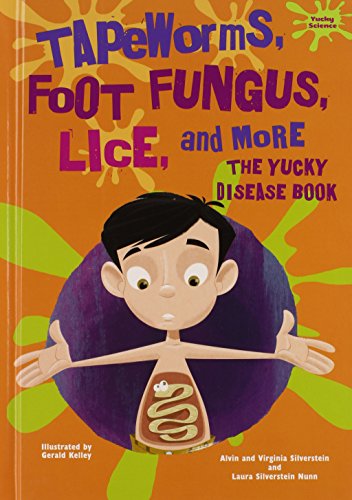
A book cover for Tapeworms, Foot Fungus, Lice, and More: The Yucky Disease Book (Yucky Science); Alvin Silverstein; Health, Fitness & Dieting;